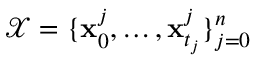
\mathcal { X } = \{ \mathbf { x } _ { 0 } ^ { j } , \dots , \mathbf { x } _ { t _ { j } } ^ { j } \} _ { j = 0 } ^ { n }